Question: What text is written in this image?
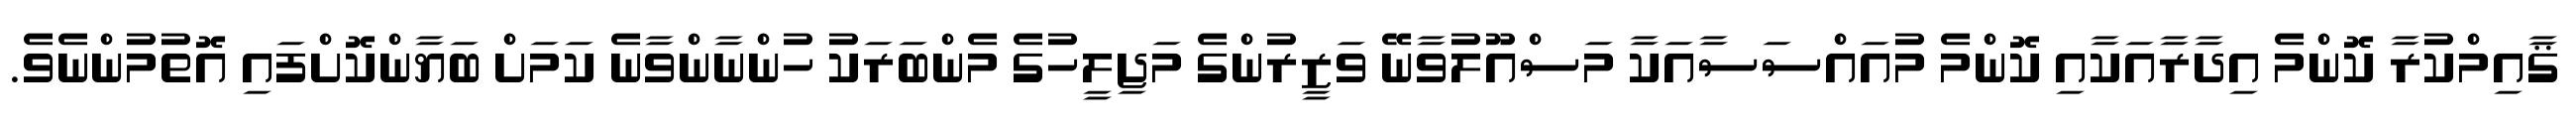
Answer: ޤާއިމްކުރާ ކޮންމެ އިދާރާއަކާއި ކޮންމެ މުއައްސަސާއަކާ މަސްއޫލުވާނޭ ވަޒީރުންގެ މަޖިލީހުގެ މެންބަރަކު ހުންނާންވާނެ ކަމަށް ބަޔާންކޮށްފައި އޮތުމުންނެވެ.